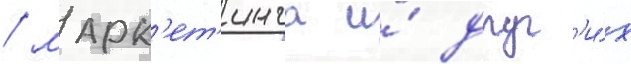
/ марк'ет'инга и́ друг'и́х